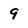
Character: 9